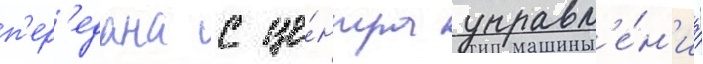
п'ер'едана с це́нтра управл'е́н'иа